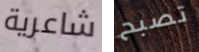
شاعرية تصبح